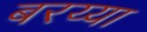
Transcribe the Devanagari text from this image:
बरय्या